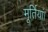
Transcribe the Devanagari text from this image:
मूर्तियां।